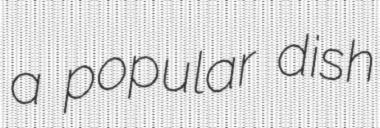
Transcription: a popular dish